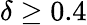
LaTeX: \delta\ge 0.4